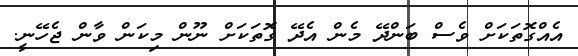
އެއްގޮތަކަށް ވެސް ބަންދޭ މެން އެދޭ ގޮތަކަށް ނޫން މިކަން ވާން ޖެހޭނީ.